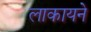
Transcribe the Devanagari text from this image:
लाकायने